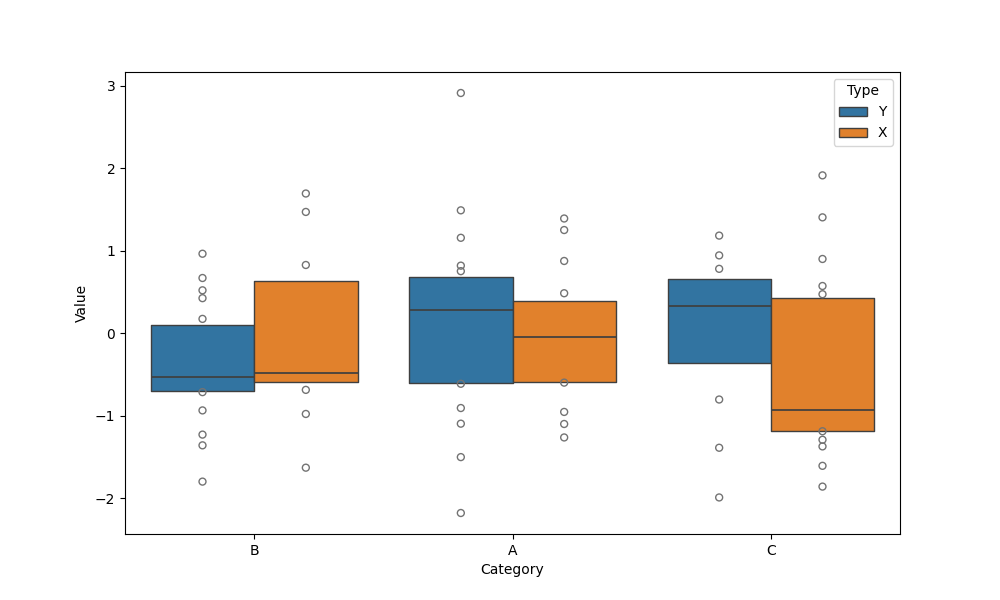
python, seaborn, boxenplot, k_depth='tukey', linewidth=1, scale='linear', outlier_prop=0.1, showfliers=True